system: You are a helpful assistant.
user:
Analyze the provided spectrum to determine if it is a **Carbon Star (C-type)**.

- **Key Visual Indicators of Carbon Star:**
    - **(Primary):** Strong molecular absorption from **C₂ (diatomic carbon) "Swan Bands."** This is the **defining feature** of a carbon star.
        - **(Key Bandheads):** Sharp absorption edges are visible at approximately $5635$ Å, $5165$ Å (the strongest band), and $4737$ Å.
        - **(Line Profile):** Creates a distinct **"saw-tooth"** pattern. The key morphology is a sharp, steep bandhead on the **red (long-wavelength) side**, which then gradually tapers off (i.e., flux recovers) towards the **blue (short-wavelength) side**. *(This is the direct opposite of the TiO bands seen in M-type stars)*.

    - **(Secondary):** Intense **CN (cyanogen)** molecular absorption bands.
        - **(Key Bandheads):** Located in the blue and violet regions of the spectrum (e.g., near $4215$ Å and $3883$ Å).
        - **(Morphology):** These bands are extremely broad and act as a "blanket," absorbing the vast majority of blue and violet light. This creates a characteristic **"cliff"** or **"steep drop-off"** in the spectrum's flux at short wavelengths.

    - **(Key Confirmation):** Strong **CH absorption band (G-band)**.
        - **(Key Bandhead):** Located around $4300$ Å. The contribution from CH molecules to this band is exceptionally strong.

    - **(Overall Spectrum):**
        - The continuum is severely "chopped up" by these deep molecular bands, especially C₂, rather than appearing as a smooth curve.
        - Due to the heavy CN and C₂ absorption in the blue-green, the vast majority of the star's flux is concentrated in the red part of the spectrum, giving the star its characteristic deep red color.

Think first, call **spectral_visualization_tool** if needed to examine features in detail, then provide your final answer. Your response must adhere to the following strict rules:
1.  **Overall Structure:** Your response must follow the format `<think>...</think> <tool_call>...</tool_call> (if a tool is used) <answer>...</answer>`.
2.  **Tool Usage Constraint:** You may only make **one** tool call per turn.
3.  **Final Answer Format:** In the `<answer>` tag, your conclusion must be inside a `\boxed{}` command (e.g., `\boxed{YES}`), followed by your justification.

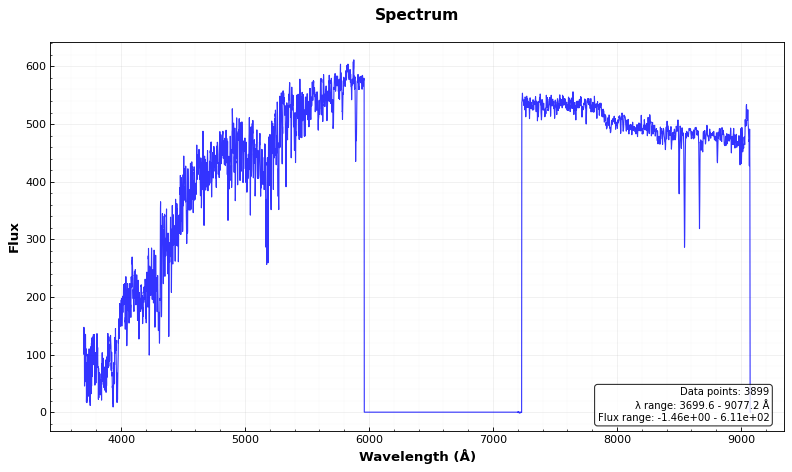
Answer: NO